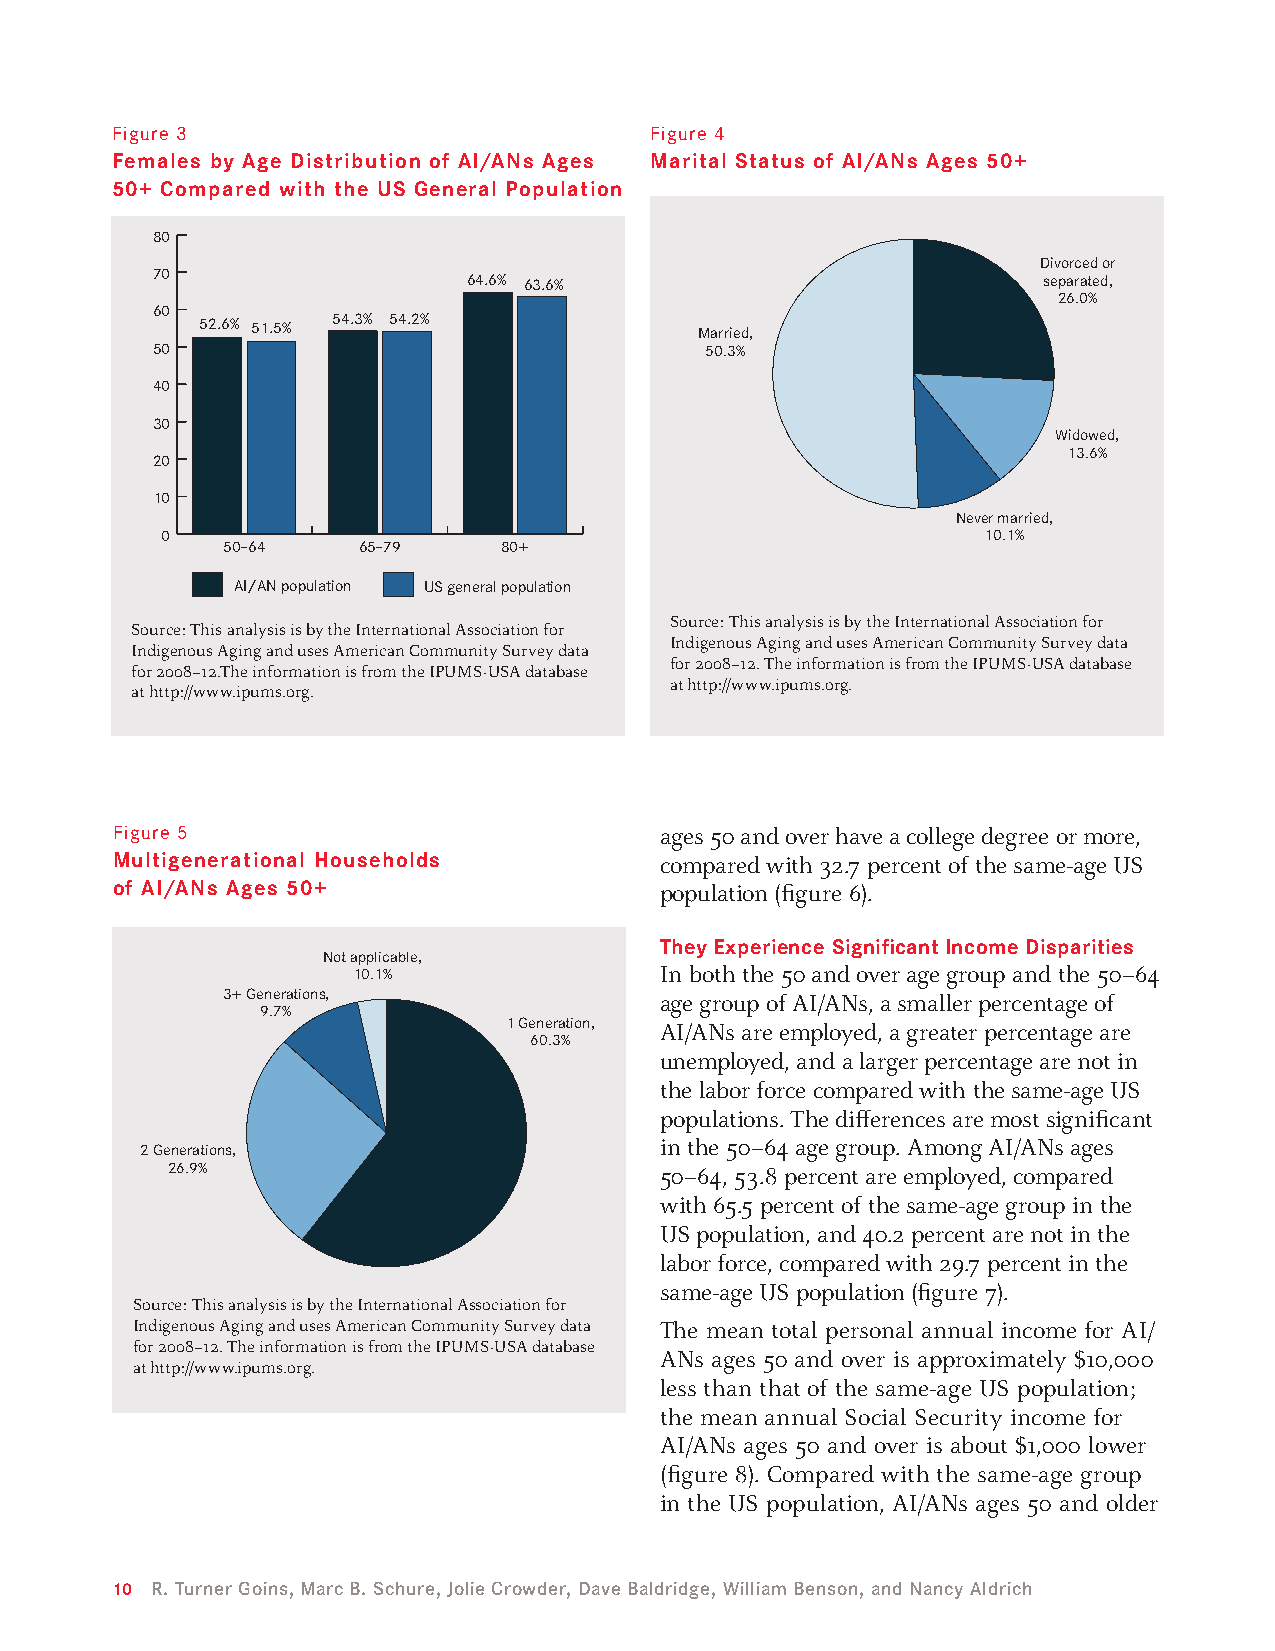
Figure 3                            Figure 4
 Females by Age Distribution of AI/ANs Ages Marital Status of AI/ANs Ages 50+
 50+ Compared with the US General Population
 80
 Divorced or
 70                   64.6% 63.6%                           separated,
 26.0%
 60
 52.6% 51.5% 54.3% 54.2%          Married,
 50                                   50.3%
 40
 30
 Widowed,
 13.6%
 20
 10
 Never married,
 0                                                     10.1%
 50–64    65–79    80+
 AI/AN population US general population
 Source: This analysis is by the International Association for
 Source: This analysis is by the International Association for
 Indigenous Aging and uses American Community Survey data
 Indigenous Aging and uses American Community Survey data
 for 2008–12. The information is from the IPUMS-USA database
 for 2008–12.The information is from the IPUMS-USA database
 at http://www.ipums.org.
 at http://www.ipums.org.
 Figure 5                             ages 50 and over have a college degree or more,
 Multigenerational Households         compared with 32.7 percent of the same-age US
 of AI/ANs Ages 50+                   population (figure 6).
 They Experience Significant Income Disparities
 Not applicable,
 10.1%                In both the 50 and over age group and the 50–64
 3+ Generations,              age group of AI/ANs, a smaller percentage of
 9.7%
 1 Generation, AI/ANs are employed, a greater percentage are
 60.3%
 unemployed, and a larger percentage are not in
 the labor force compared with the same-age US
 populations. The differences are most significant
 in the 50–64 age group. Among AI/ANs ages
 2 Generations,
 26.9%                            50–64, 53.8 percent are employed, compared
 with 65.5 percent of the same-age group in the
 US population, and 40.2 percent are not in the
 labor force, compared with 29.7 percent in the
 same-age US population (figure 7).
 Source: This analysis is by the International Association for
 Indigenous Aging and uses American Community Survey data The mean total personal annual income for AI/
 for 2008–12. The information is from the IPUMS-USA database
 ANs ages 50 and over is approximately $10,000
 at http://www.ipums.org.
 less than that of the same-age US population;
 the mean annual Social Security income for
 AI/ANs ages 50 and over is about $1,000 lower
 (figure 8). Compared with the same-age group
 in the US population, AI/ANs ages 50 and older
 10 R. Turner Goins, Marc B. Schure, Jolie Crowder, Dave Baldridge, William Benson, and Nancy Aldrich